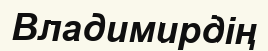
Владимирдің